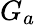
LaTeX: G_{a}